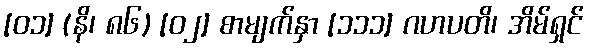
[၀၁] (နိ၊ ၈၆) [၀၂] စာမျက်နှာ [၁၁၁] ဂဟပတိ၊ အိမ်ရှင်